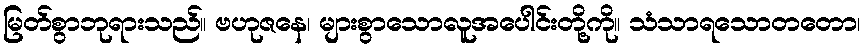
မြတ်စွာဘုရားသည်။ ဗဟုဇနေ၊ များစွာသောလူအပေါင်းတို့ကို။ သံသာရသောတတော၊